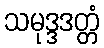
သမုဒ္ဒဒတ္တံ